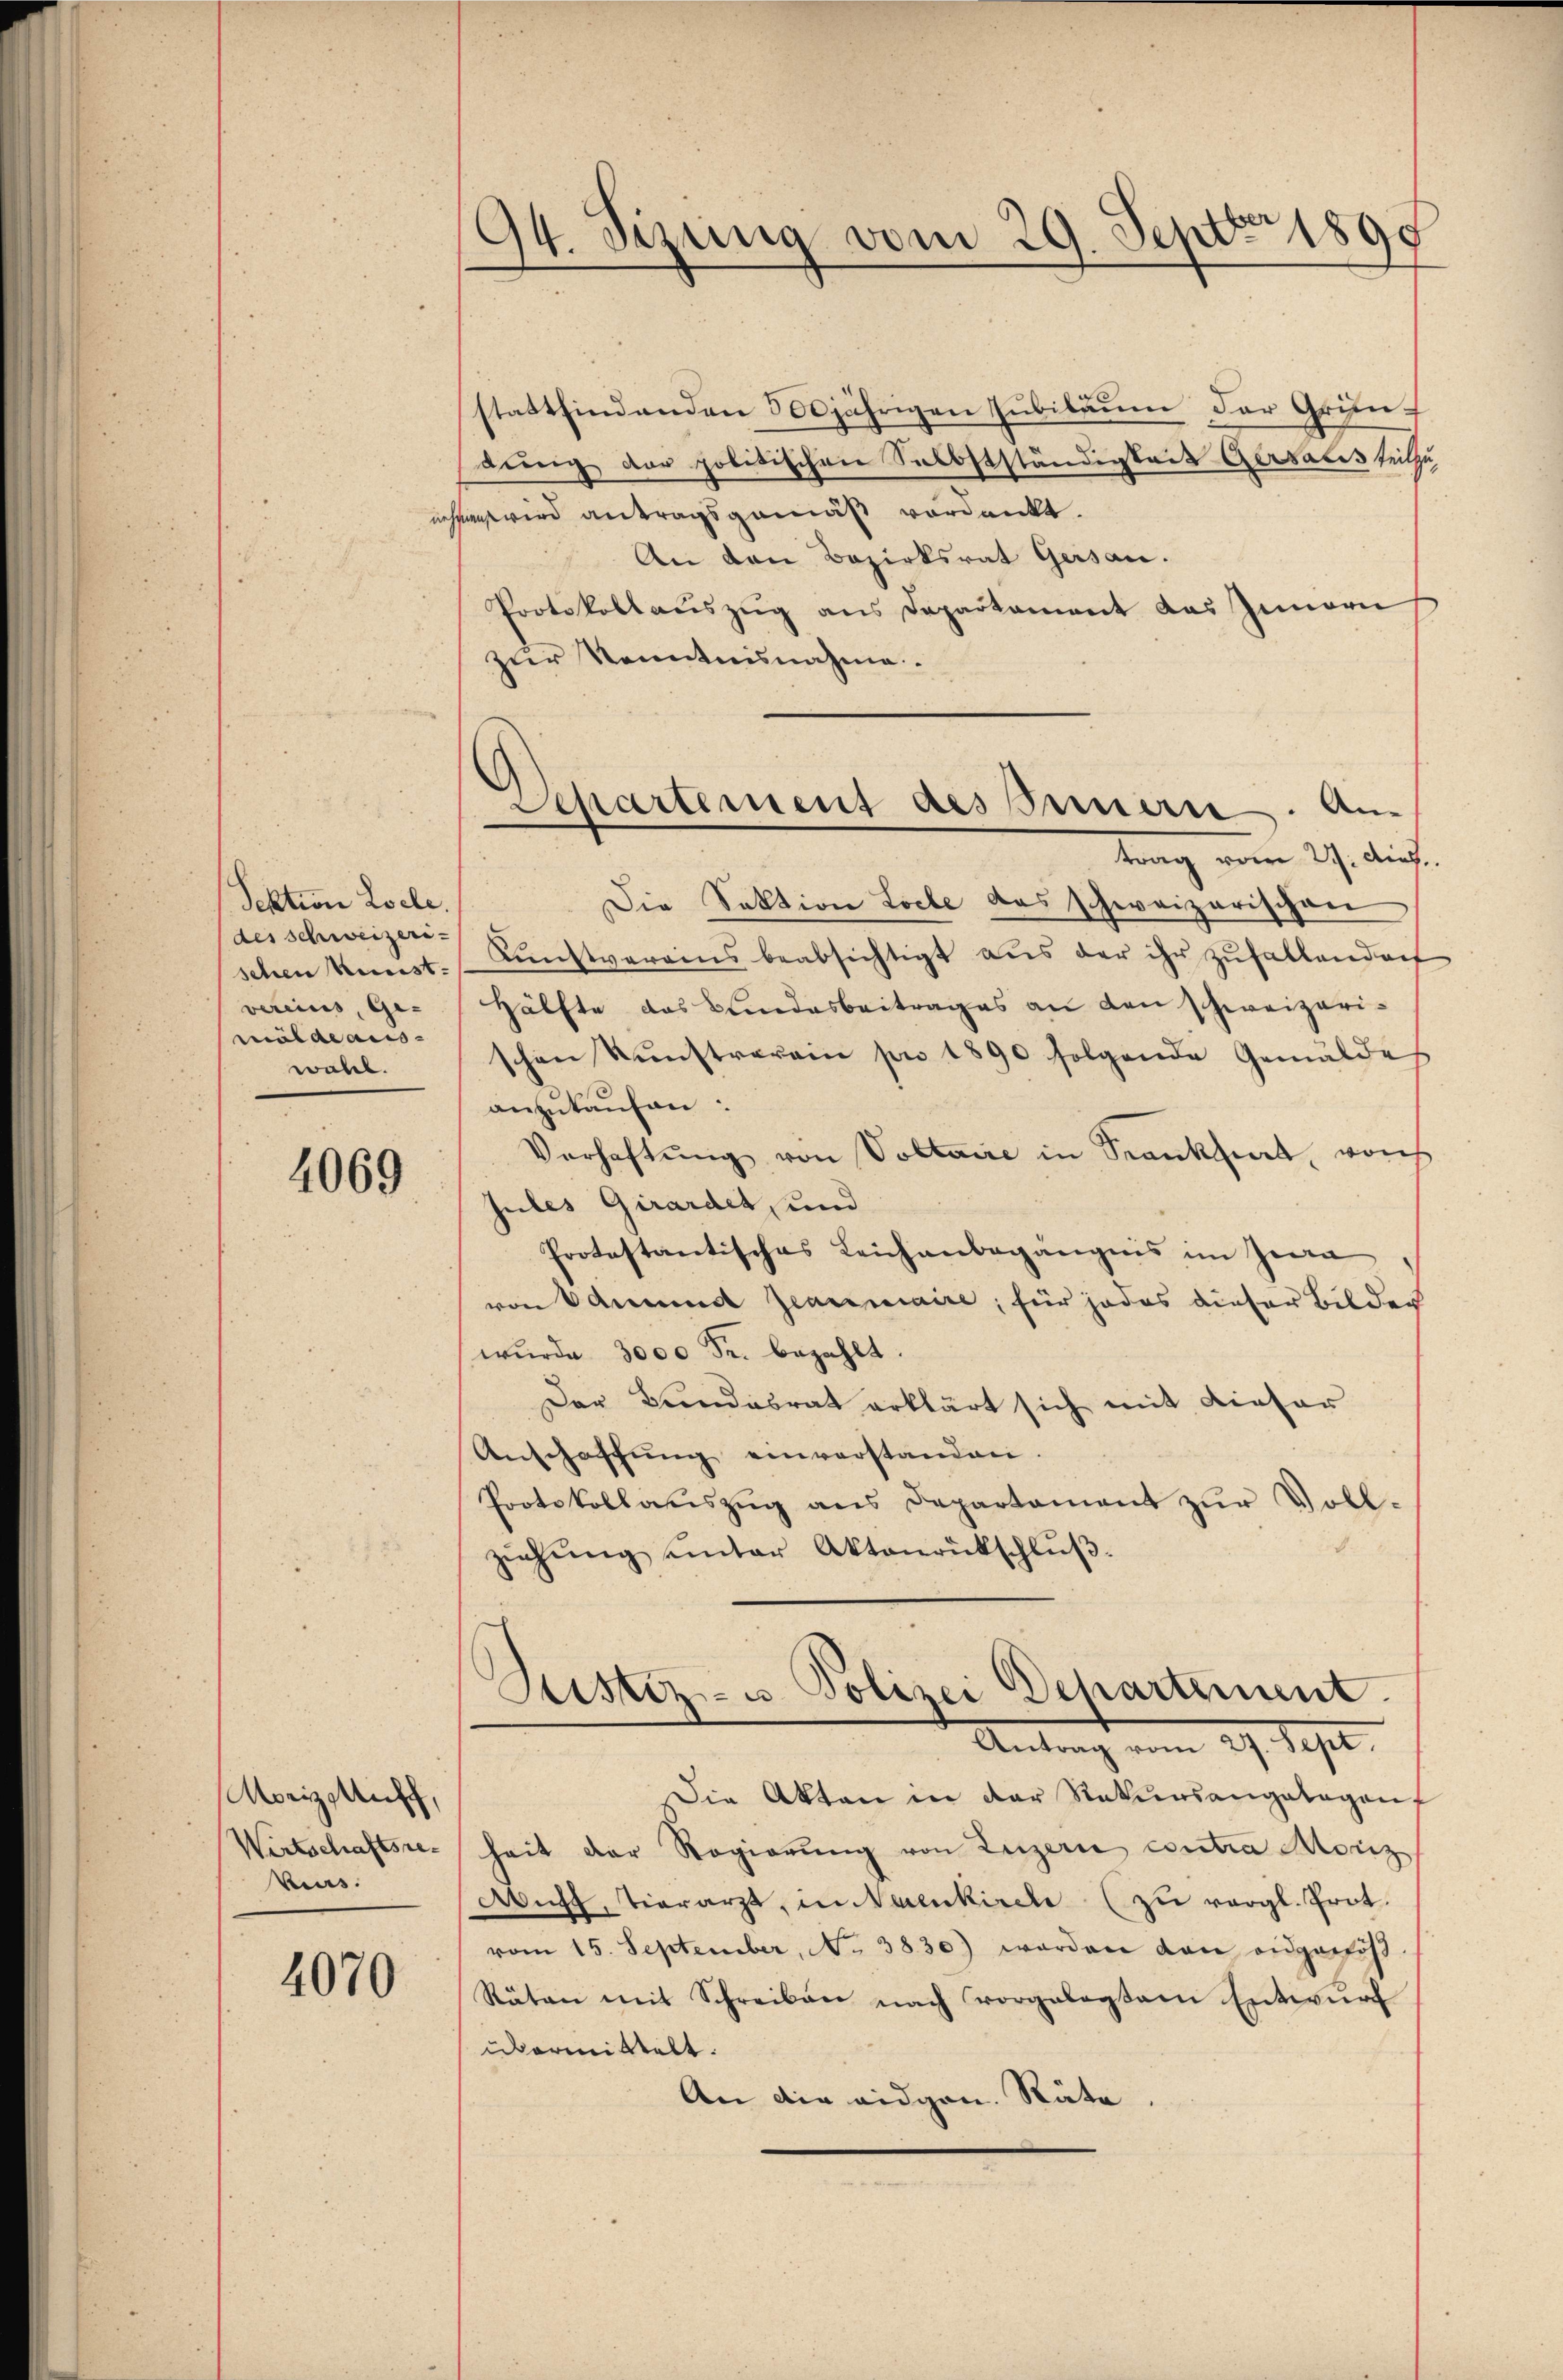
Sektion Loele.
des schweizeri-
schen Kunst.
vereins, Ge-
milde aus-
wahl.

4069

Morizeiff,
Wirtschaftsrekes.

4070

194. Sizung vom 29. Sept. 1890

Separtimens des Innern. An
trag vom 27. Aug.

stattfindenden 500jährigen Jubiläum der Gründung der politischen Selbstständigkeit Gersalis teils
han wird antragsgemäß verdankt.
An den Bezirksrat Gersan.
Protokollaŭszŭg ans Departament das Innern
zur Kenntnisnahme.
Die Sektion Loche das schweizerischen
Dŭnstverains beabsichtigt aŭs der ihr zufallendorf
Hälfte das Bundesbeitrages an den schweizerischon Kŭnstverein pro 1890 folgende Gemälde
anzukaufen:
Verhaftŭng von Voltaire in Krankheit, von
Jules Girardet, und
Protestantisches Leichenbegängens im Zen
von Admund Jeanimiaire, für jedes dieser Bilder
wŭrde 3000 Fr. bezahlt.
Der Bundesrat erklärt sich mit dieser
Anschaffŭng einverstanden.
Protokollauszug aus Departament zŭr Voll-
ziehŭng ŭnter Aktenrütschlŭβ
Sistiz- u. Polizei Departement.
Antragt vom 29. Sept.
Die Akten in der Rekursangelegent
hait der Regierŭng von Luzern contra Moriz
Auh, tierarzt, in Neuenkirche (zu vergl. Prot.
vom 15. September, No 3830) worden dan eidgenöß
Räten mit Schreiben nach vorgelegten Entwŭrf
übermittelt.
An die eidgen. Räte.